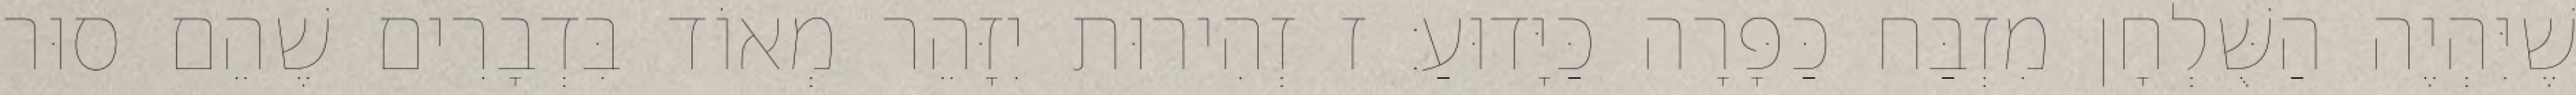
שֶׁיִּהְיֶה הַשֻּׁלְחָן מִזְבַּח כַּפָּרָה כַּיָּדוּעַ: ז זְהִירוּת יִזָּהֵר מְאוֹד בִּדְבָרִים שֶׁהֵם סוּר